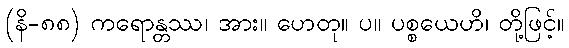
(နိ-၈၈) ကရောန္တဿ၊ အား။ ဟေတု။ ပ။ ပစ္စယေဟိ၊ တို့ဖြင့်။